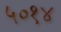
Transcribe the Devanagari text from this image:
५०१४